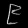
Digit: ၉